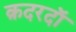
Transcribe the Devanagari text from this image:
क़दरदाॅ